system: You are a helpful assistant.
user:
Analyze the provided spectrum to determine if it is a **S-type Star**.

- **Key Indicators for S-type Star:**

    - **(Overall Spectrum Shape):** The first and most obvious characteristic is the overall continuum (the "baseline" shape). It is **extremely "red-sloping,"** meaning the flux (light intensity) is very low on the left side (blue, ~4000-4500 Å) and rises steeply and continuously toward the right side (red, ~7000 Å+).

    - **(Primary):** The spectrum is defined by the presence of strong, broad molecular absorption "valleys" (bands) from **Zirconium Oxide (ZrO)**. The identification of these bands is the **primary requirement** for classifying a star as S-type.
        - **(Key Bandheads):** You must find distinct, deep "dips" where the light has been absorbed. The most critical band systems to locate are:
            - **~6474 Å** ($\gamma$-system): This is often the strongest and clearest ZrO feature, found in the red part of the spectrum.
            - **~5718 Å** & **~5551 Å** ($\beta$-system): A pair of prominent absorption features in the yellow-orange part of the spectrum.
            - **~4640 Å** ($\alpha$-system): A key absorption band system in the blue-green region of the spectrum.

    - **(Secondary Confirmation):** The classification is strengthened by finding additional absorption bands from other related heavy element oxides, which are expected to be present alongside ZrO.
        - **(Key Bandheads):**
            - **Yttrium Oxide (YO):** Look for absorption dips near **~4800 Å** and **~6100 Å**.
            - **Lanthanum Oxide (LaO):** Additional absorption features, particularly in the red-orange part of the spectrum, are also characteristic.

    - **(Line Profile):** The combination of the steep red continuum and these numerous, deep molecular bands (ZrO, YO, etc.) gives the entire spectrum a very **"chopped-up"** or **"bumpy"** appearance. Instead of a smooth curve, the spectrum looks as though large, wide chunks of light have been "carved out" of it at the specific wavelengths listed above.

Think first, call **spectral_visualization_tool** if needed to examine features in detail, then provide your final answer. Your response must adhere to the following strict rules:
1.  **Overall Structure:** Your response must follow the format `<think>...</think> <tool_call>...</tool_call> (if a tool is used) <answer>...</answer>`.
2.  **Tool Usage Constraint:** You may only make **one** tool call per turn.
3.  **Final Answer Format:** In the `<answer>` tag, your conclusion must be inside a `\boxed{}` command (e.g., `\boxed{YES}` or `\boxed{NO}`), followed by your justification.

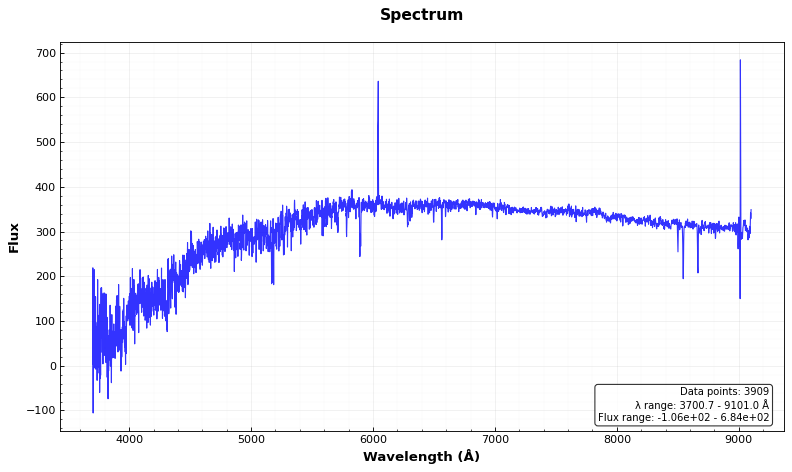
Answer: NO